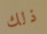
ذلك